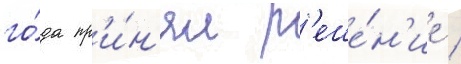
го́да пр'и́н'ял р'еше́н'ие /